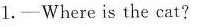
1.——Where is the cat?